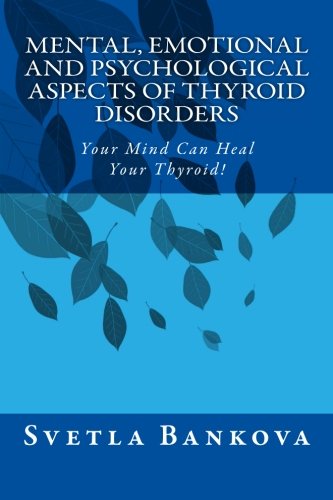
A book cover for Mental, Emotional and Psychological Aspects of Thyroid Disorders: Your Mind Can Heal your Thyroid!; Svetla Bankova; Health, Fitness & Dieting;